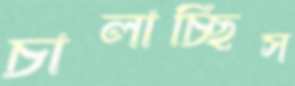
চালাচ্ছিস